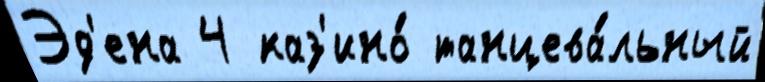
Эд'ена 4 каз'ино́ танцева́льный